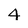
Character: 4